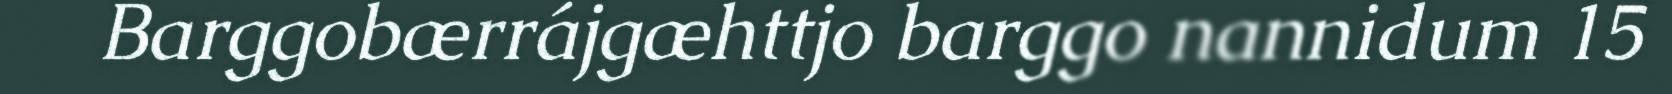
Barggobærrájgæhttjo barggo nannidum 15